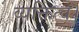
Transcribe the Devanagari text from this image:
व्यक्तित्व।